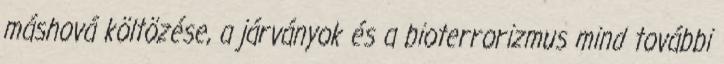
máshová költözése, a járványok és a bioterrorizmus mind további